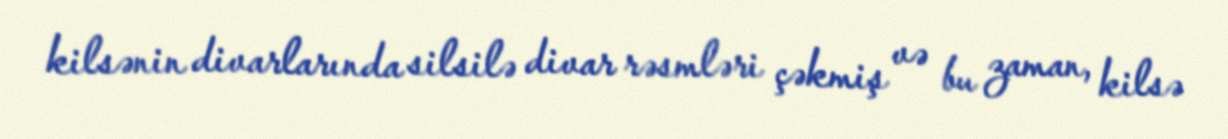
kilsənin divarlarında silsilə divar rəsmləri çəkmiş və bu zaman, kilsə